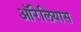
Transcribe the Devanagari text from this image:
ऑरेलियास